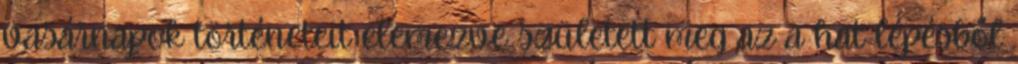
vasárnapok történeteit elemezve született meg az a hat lépésből